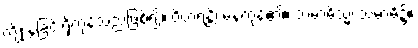
ကျိုးနွံခြင်းရှိကုန်သည်ဖြစ်၍။ ဝိဟရန္တိ၊ နေကုန်၏။ သမာဓိသ္မိံ၊ သမာဓိ၌။